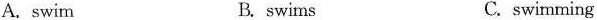
A. swim B. swims C. swimming